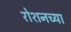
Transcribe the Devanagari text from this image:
रोशनच्या